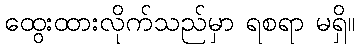
ထွေးထားလိုက်သည်မှာ ရစရာ မရှိ။